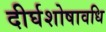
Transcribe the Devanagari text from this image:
दीर्घशोषावधि